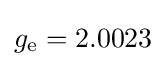
g_{\mathrm {e} }=2.0023